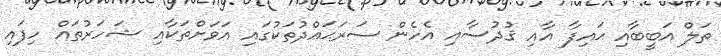
ތަލް އަބީބާއި ޙައިފާ އާއި ޤުދުސާއި އެހެން ސަރަޙައްދުތަކުގައި އަވަށްތަކާއި ޝަހަރުތައް ހިފައި